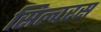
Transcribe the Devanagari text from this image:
सिल्वरस